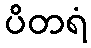
ပိတရံ